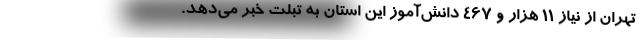
تهران از نیاز ۱۱ هزار و ۴۶۷ دانش‌آموز این استان به تبلت خبر می‌دهد.